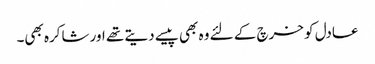
عادل کو خرچ کے لئے وہ بھی پیسے دیتے تھے اور شاکرہ بھی۔